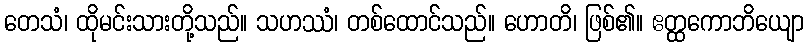
တေသံ၊ ထိုမင်းသားတို့သည်။ သဟဿံ၊ တစ်ထောင်သည်။ ဟောတိ၊ ဖြစ်၏။ ဧတ္ထကောဘိယျော